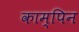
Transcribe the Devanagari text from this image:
काम्पिन